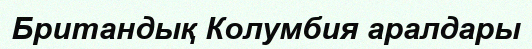
Британдық Колумбия аралдары